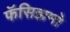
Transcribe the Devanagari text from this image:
फॅसिझमो